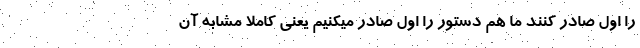
را اول صادر کنند ما هم دستور را اول صادر میکنیم یعنی کاملا مشابه آن